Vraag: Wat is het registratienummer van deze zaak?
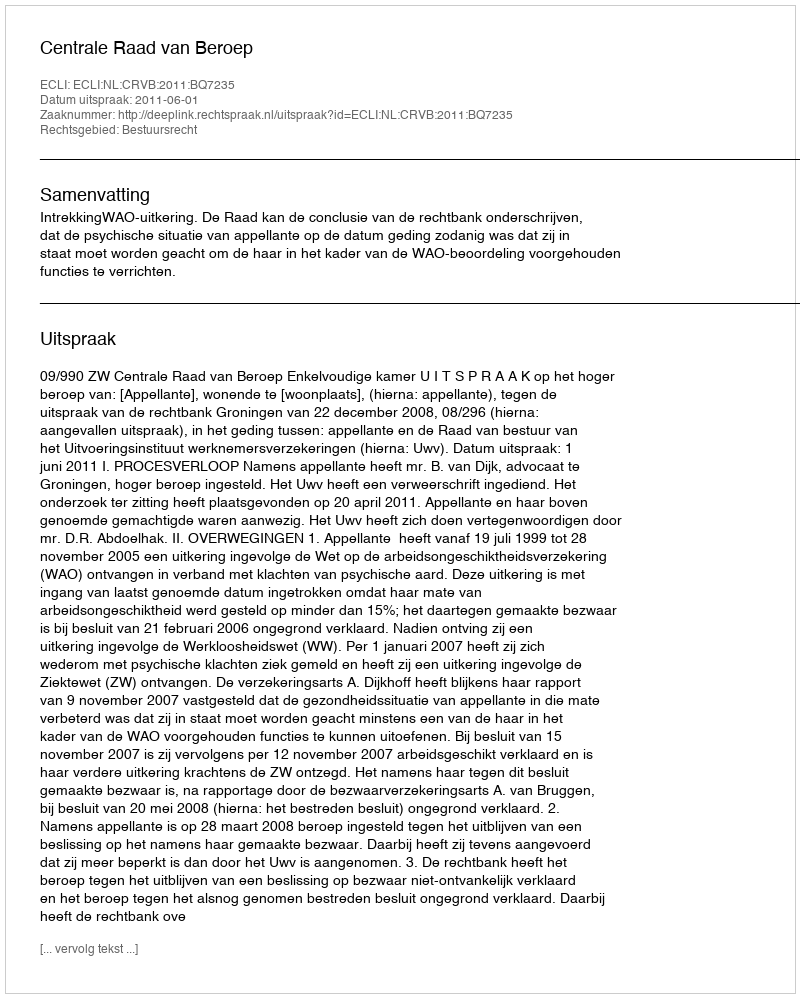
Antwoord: http://deeplink.rechtspraak.nl/uitspraak?id=ECLI:NL:CRVB:2011:BQ7235